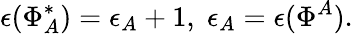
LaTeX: \epsilon(\Phi_{A}^{*})=\epsilon_{A}+1,\; \epsilon_{A}=\epsilon(\Phi^{A}).